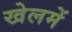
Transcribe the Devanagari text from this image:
खेलमें